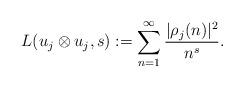
LaTeX: \begin{align*}L(u_{j}\otimes u_{j},s):=\sum_{n=1}^{\infty}\frac{|\rho_{j}(n)|^2}{n^s}.\end{align*}